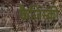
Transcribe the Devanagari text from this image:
कैज़िंस्की